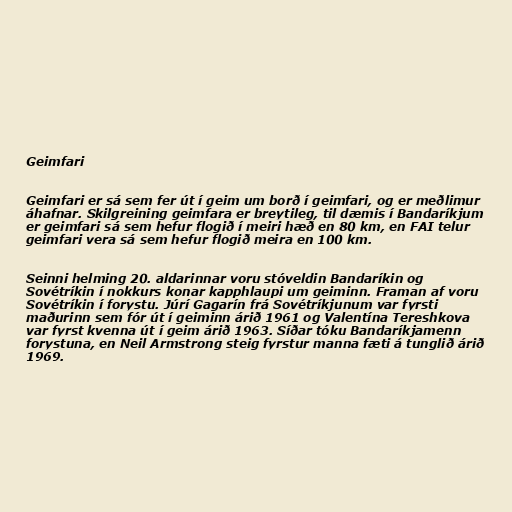
Geimfari

Geimfari er sá sem fer út í geim um borð í geimfari, og er meðlimur
áhafnar. Skilgreining geimfara er breytileg, til dæmis í Bandaríkjum
er geimfari sá sem hefur flogið í meiri hæð en 80 km, en FAI telur
geimfari vera sá sem hefur flogið meira en 100 km.

Seinni helming 20. aldarinnar voru stóveldin Bandaríkin og
Sovétríkin í nokkurs konar kapphlaupi um geiminn. Framan af voru
Sovétríkin í forystu. Júrí Gagarín frá Sovétríkjunum var fyrsti
maðurinn sem fór út í geiminn árið 1961 og Valentína Tereshkova
var fyrst kvenna út í geim árið 1963. Síðar tóku Bandaríkjamenn
forystuna, en Neil Armstrong steig fyrstur manna fæti á tunglið árið
1969.